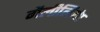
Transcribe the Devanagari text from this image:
गैलीलियेा